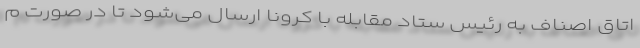
اتاق اصناف به رئیس ستاد مقابله با کرونا ارسال می‌شود تا در صورت م